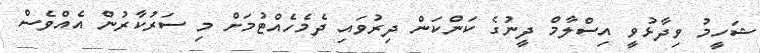
ޝަހީމު ވިދާޅުވީ އިސްލާމް ދީނުގެ ކަންކަން ދިރުވައި ދެމެހެއްޓުމަށް މި ސަރުކާރުން އެއްވެސް